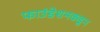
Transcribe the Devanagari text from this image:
फाउंडेशनकडून